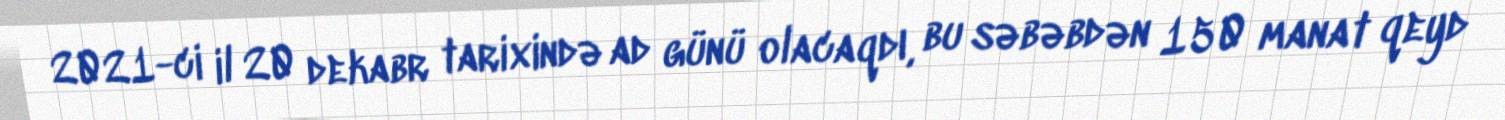
2021-ci il 20 dekabr tarixində ad günü olacaqdı, bu səbəbdən 150 manat qeyd